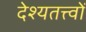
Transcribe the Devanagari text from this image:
देश्यतत्त्वों